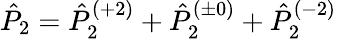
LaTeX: \hat{P}_{2}=\hat{P}_{2}^{(+2)}+\hat{P}_{2}^{(\pm 0)}+\hat{P}_{2}^{(-2)}